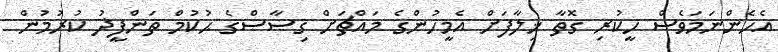
އެހެންނަމަވެސް ހީކުރި ގޮތާ ޚިލާފަށް އެމީހުންގެ މައްޗަށް ޤިޞާޞްގެ ޙުކުމް ތަންފީޛު ކުރުމުން